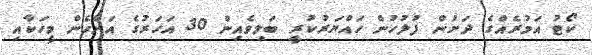
ކޯޓު އަމުރެއްގެ ދަށުން ފުލުހުން ހައްޔަރުކުރީ ބަލިވެއިން 30 އަހަރުގެ އަންހެން މީހަކާއި